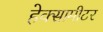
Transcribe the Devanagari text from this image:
हेक्सामीटर